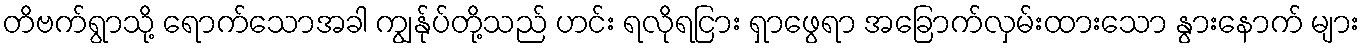
တိဗက်ရွာသို့ ရောက်သောအခါ ကျွန်ုပ်တို့သည် ဟင်း ရလိုရငြား ရှာဖွေရာ အခြောက်လှမ်းထားသော နွားနောက် များ